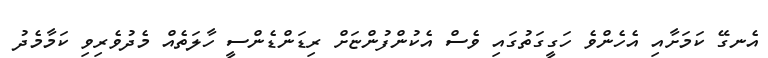
އެނގޭ ކަމަށާއި އެެހެންވެ ހަގީގަތުގައި ވެސް އެކުންފުންޏަށް ރިޑަންޑެންސީ ހާލަތެއް މެދުވެރިވި ކަމާމެދު